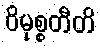
ဝိမုစ္စတီတိ